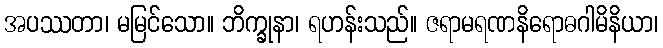
အပဿတာ၊ မမြင်သော။ ဘိက္ခုနာ၊ ရဟန်းသည်။ ဇရာမရဏနိရောဓဂါမိနိယာ၊